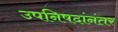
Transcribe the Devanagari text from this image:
उपनिषदांनंतर